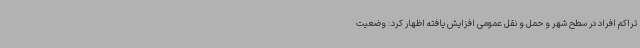
تراکم افراد در سطح شهر و حمل و نقل عمومی افزایش یافته اظهار کرد: وضعیت